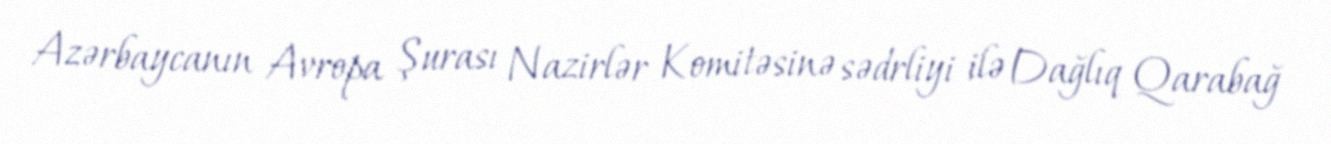
Azərbaycanın Avropa Şurası Nazirlər Komitəsinə sədrliyi ilə Dağlıq Qarabağ